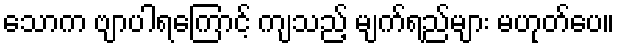
သောက ဗျာပါရကြောင့် ကျသည့် မျက်ရည်များ မဟုတ်ပေ။